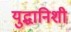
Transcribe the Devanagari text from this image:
युद्धानिशी